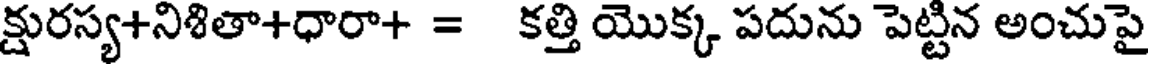
క్షురస్య+నిశితా+ధారా+ = కత్తి యొక్క పదును పెట్టిన అంచుపై